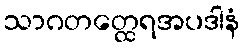
သာဂတတ္ထေရအပဒါနံ